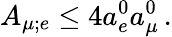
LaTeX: A_{\mu;e}\leq 4a_{e}^{0}a_{\mu}^{0}\, .